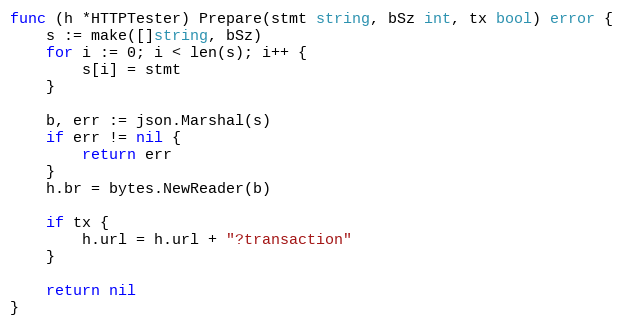
Language: Go
func (h *HTTPTester) Prepare(stmt string, bSz int, tx bool) error {
	s := make([]string, bSz)
	for i := 0; i < len(s); i++ {
		s[i] = stmt
	}

	b, err := json.Marshal(s)
	if err != nil {
		return err
	}
	h.br = bytes.NewReader(b)

	if tx {
		h.url = h.url + "?transaction"
	}

	return nil
}